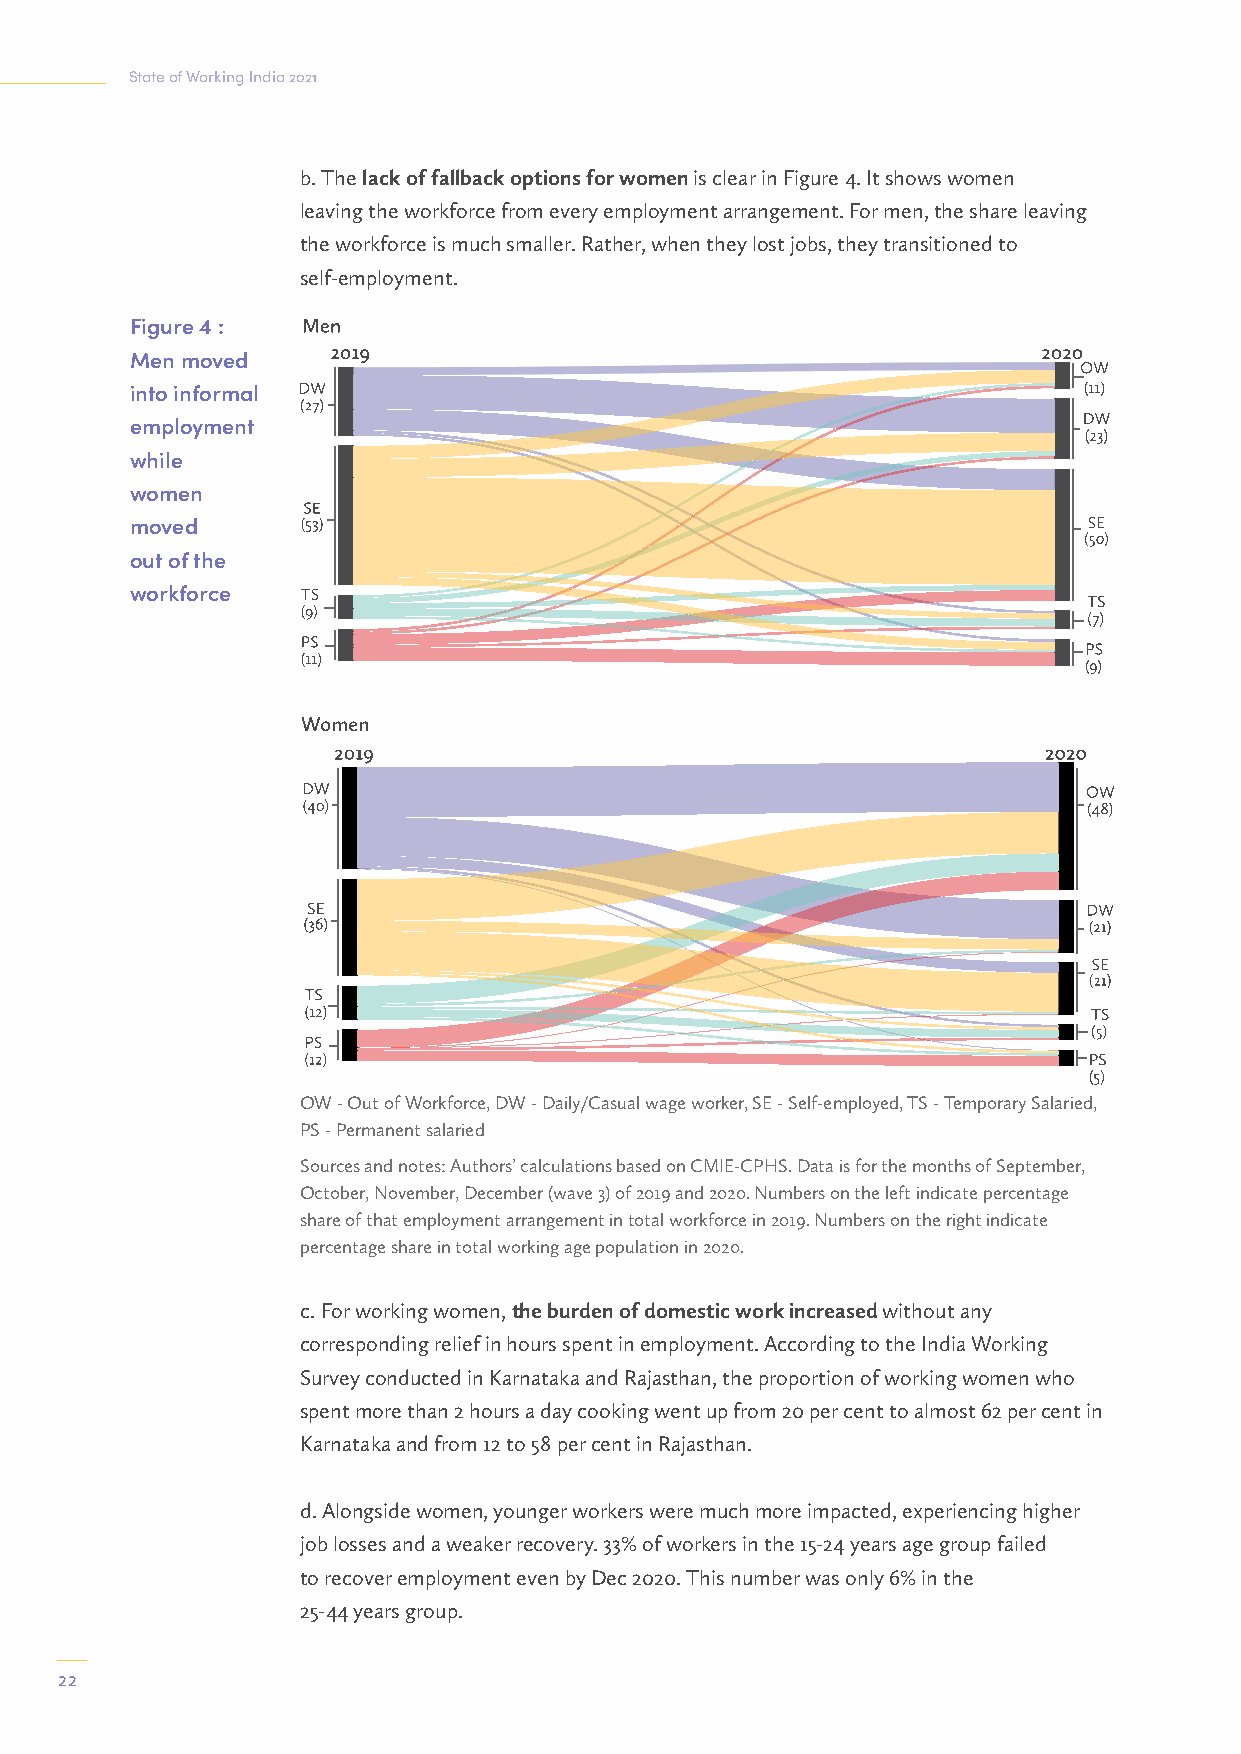
State of Working India 2021
 b. The lack of fallback options for women is clear in Figure 4. It shows women
 leaving the workforce from every employment arrangement. For men, the share leaving
 the workforce is much smaller. Rather, when they lost jobs, they transitioned to
 self-employment.
 Figure 4 :
 Men moved
 into informal
 employment
 while
 women
 moved
 out of the
 workforce
 OW - Out of Workforce, DW - Daily/Casual wage worker, SE - Self-employed, TS - Temporary Salaried,
 PS - Permanent salaried
 Sources and notes: Authors’ calculations based on CMIE-CPHS. Data is for the months of September,
 October, November, December (wave 3) of 2019 and 2020. Numbers on the left indicate percentage
 share of that employment arrangement in total workforce in 2019. Numbers on the right indicate
 percentage share in total working age population in 2020.
 c. For working women, the burden of domestic work increased without any
 corresponding relief in hours spent in employment. According to the India Working
 Survey conducted in Karnataka and Rajasthan, the proportion of working women who
 spent more than 2 hours a day cooking went up from 20 per cent to almost 62 per cent in
 Karnataka and from 12 to 58 per cent in Rajasthan.
 d. Alongside women, younger workers were much more impacted, experiencing higher
 job losses and a weaker recovery. 33% of workers in the 15-24 years age group failed
 to recover employment even by Dec 2020. This number was only 6% in the
 25-44 years group.
 22